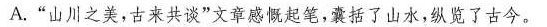
A.”山川之美，古来共谈”文章感慨起笔，囊括了山水，纵览了古今。